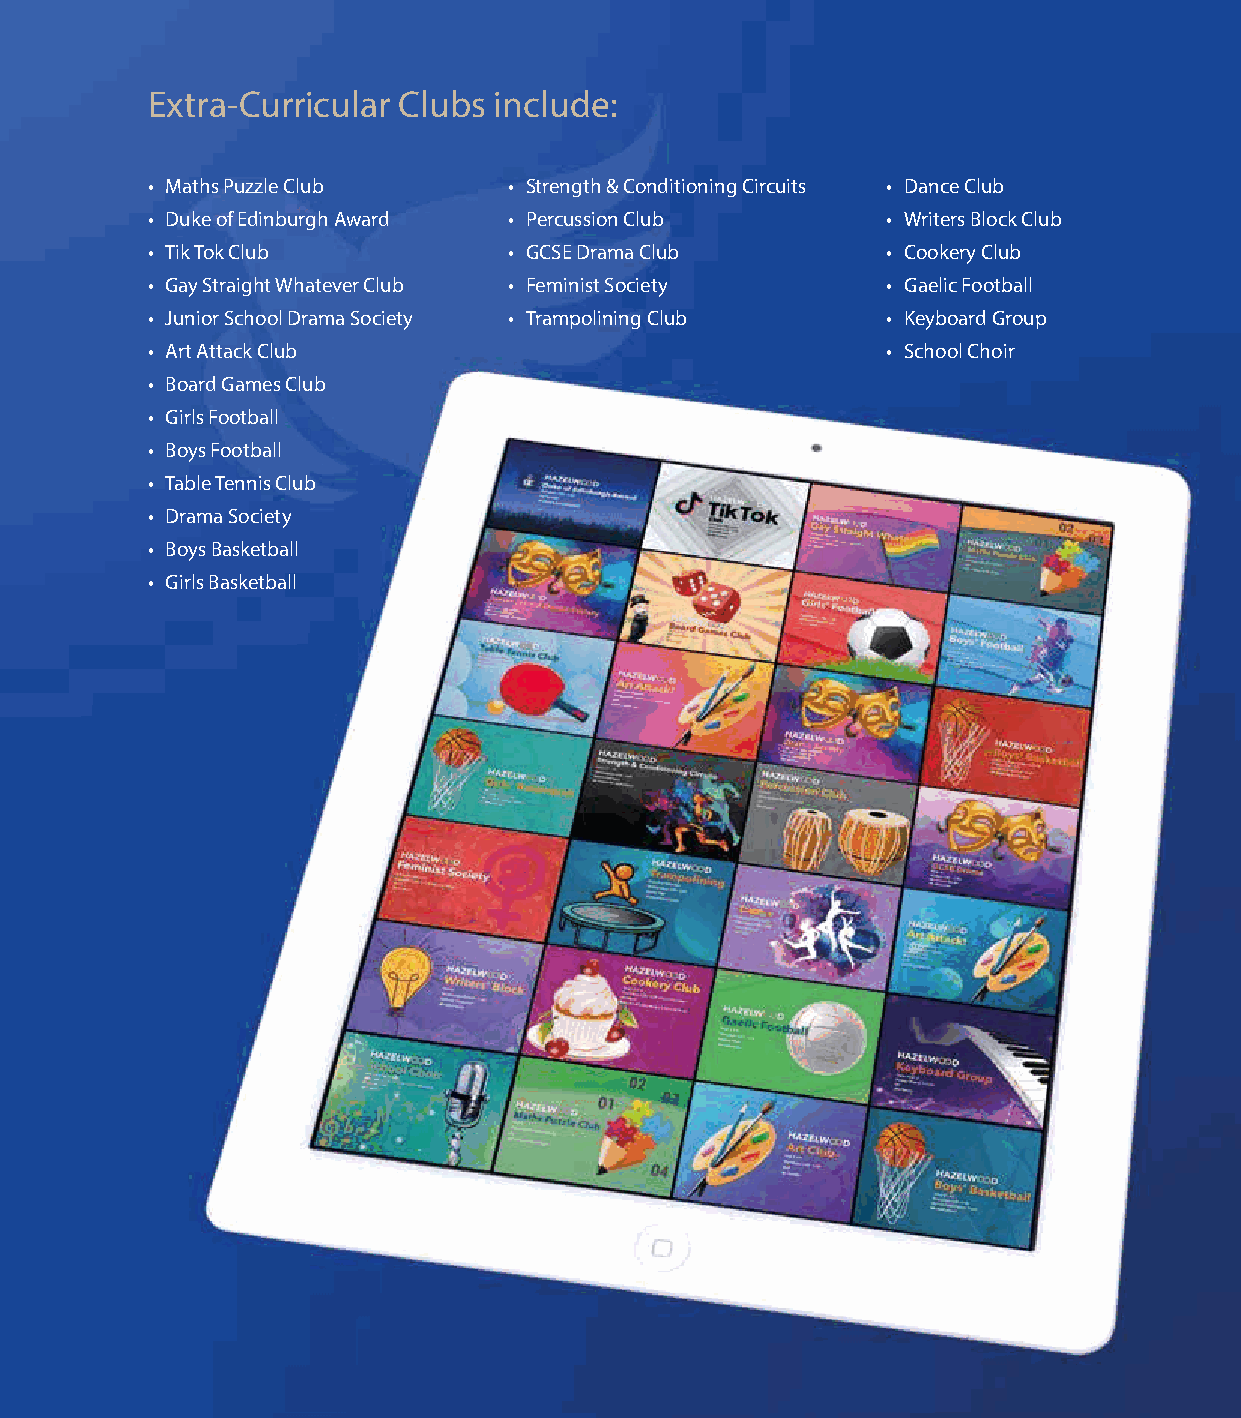
Extra-Curricular Clubs include:
 • Maths Puzzle Club     • Strength & Conditioning Circuits • Dance Club
 • Duke of Edinburgh Award • Percussion Club      • Writers Block Club
 • Tik Tok Club          • GCSE Drama Club        • Cookery Club
 • Gay Straight Whatever Club • Feminist Society  • Gaelic Football
 • Junior School Drama Society • Trampolining Club • Keyboard Group
 • Art Attack Club                                • School Choir
 • Board Games Club
 • Girls Football
 • Boys Football
 • Table Tennis Club
 • Drama Society
 • Boys Basketball
 • Girls Basketball